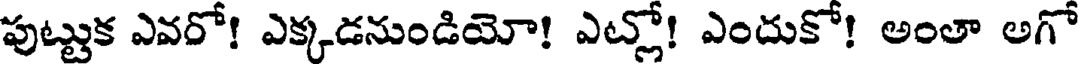
పుట్టుక ఎవరో! ఎక్కడనుండియో! ఎట్లో! ఎందుకో! అంతా అగో